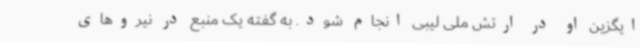
ایگزین او در ارتش ملی لیبی انجام شود. به گفته یک منبع در نیروهای